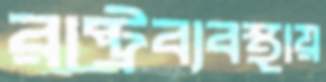
রাষ্ট্রব্যবস্থায়